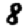
Digit: 8